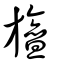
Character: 旜